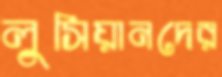
লুসিয়ানদের